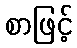
စာဖြင့်